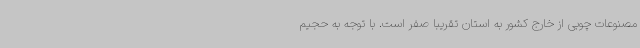
مصنوعات چوبی از خارج کشور به استان تقریبا صفر است. با توجه به حجیم